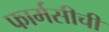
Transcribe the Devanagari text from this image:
फार्मसीची